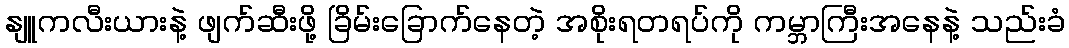
နျူကလီးယားနဲ့ ဖျက်ဆီးဖို့ ခြိမ်းခြောက်နေတဲ့ အစိုးရတရပ်ကို ကမ္ဘာကြီးအနေနဲ့ သည်းခံ